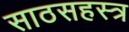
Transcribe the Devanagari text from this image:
साठसहस्त्र